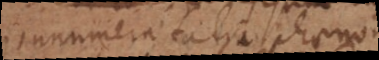
innumera talia phaenomena